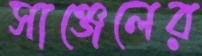
সাঞ্জেলের